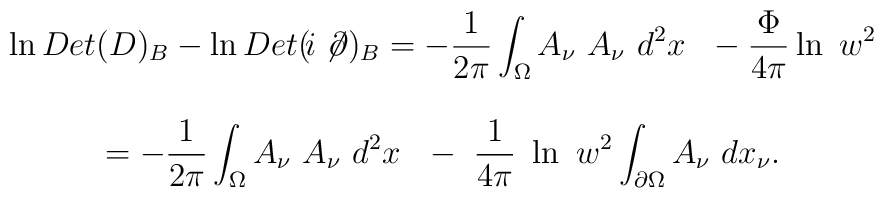
\begin{array}{c} \displaystyle\ln Det(D)_B-\ln Det (\!i\not\!\partial )_B=-\frac 1{2\pi } \int_\Omega A_\nu \ A_\nu \ d^2x\ \ -\frac \Phi {4\pi }\ln \ w^2 \\  \\  \displaystyle=-\frac 1{2\pi }\int_\Omega  A_\nu \ A_\nu\  d^2x\ \ -\ \frac 1{4\pi }\ \ln \ w^2\int_{\partial \Omega }A_{\nu }\ dx_\nu . \end{array}